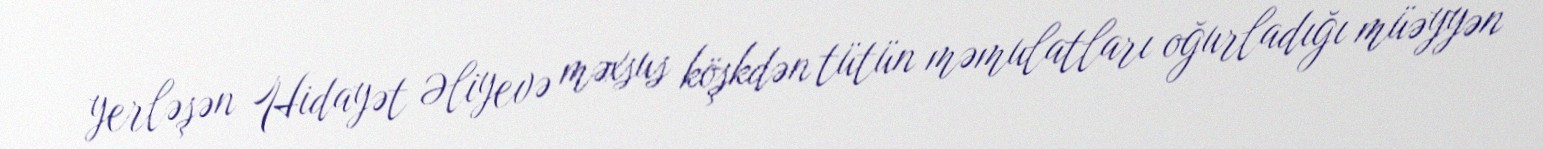
yerləşən Hidayət Əliyevə məxsus köşkdən tütün məmulatları oğurladığı müəyyən